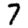
Digit: 7